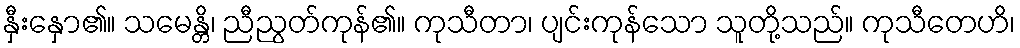
နှီးနှော၏။ သမေန္တိ၊ ညီညွတ်ကုန်၏။ ကုသီတာ၊ ပျင်းကုန်သော သူတို့သည်။ ကုသီတေဟိ၊